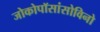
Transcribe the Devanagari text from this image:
जोकोपॉसांसोविनो